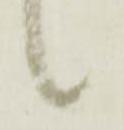
候